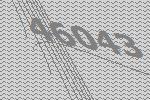
46043